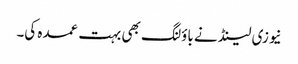
نیوزی لینڈ نے باؤلنگ بھی بہت عمدہ کی۔